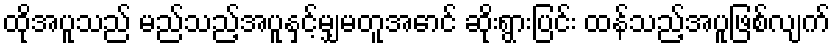
ထိုအပူသည် မည်သည့်အပူနှင့်မျှမတူအောင် ဆိုးရွားပြင်း ထန်သည့်အပူဖြစ်လျက်